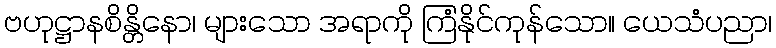
ဗဟုဋ္ဌာနစိန္တိနော၊ များသော အရာကို ကြံနိုင်ကုန်သော။ ယေသံပညာ၊